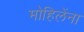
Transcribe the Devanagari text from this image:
मोहिलेंना